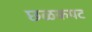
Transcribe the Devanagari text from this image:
छळकपट